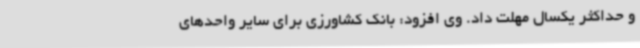
و حداکثر یکسال مهلت داد. وی افزود: بانک کشاورزی برای سایر واحدهای